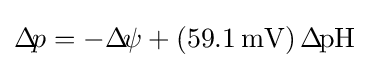
\Delta \!p=-\Delta \!\psi +\left(59.1\,\mathrm {mV} \right)\Delta \!\mathrm {pH}